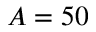
A = 5 0